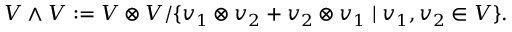
V \wedge V : = V \otimes V / \{ v _ { 1 } \otimes v _ { 2 } + v _ { 2 } \otimes v _ { 1 } \mid v _ { 1 } , v _ { 2 } \in V \} .